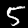
Digit: 5